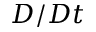
D / D t